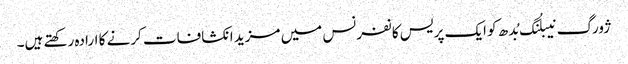
ژورگ نیبلُنگ بُدھ کو ایک پریس کانفرنس میں مزید انکشافات کرنے کا ارادہ رکھتے ہیں۔